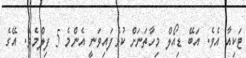
ޓަކިއާ އެވެ. އަބޭ ޑިއޯލް މިހާތަނަށް ކުޅެފައިވަނީ އެންމެ 5 ފިލްމެވެ. އޭގެ